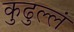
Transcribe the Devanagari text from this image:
कुढुल्लं